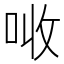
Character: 𠲠